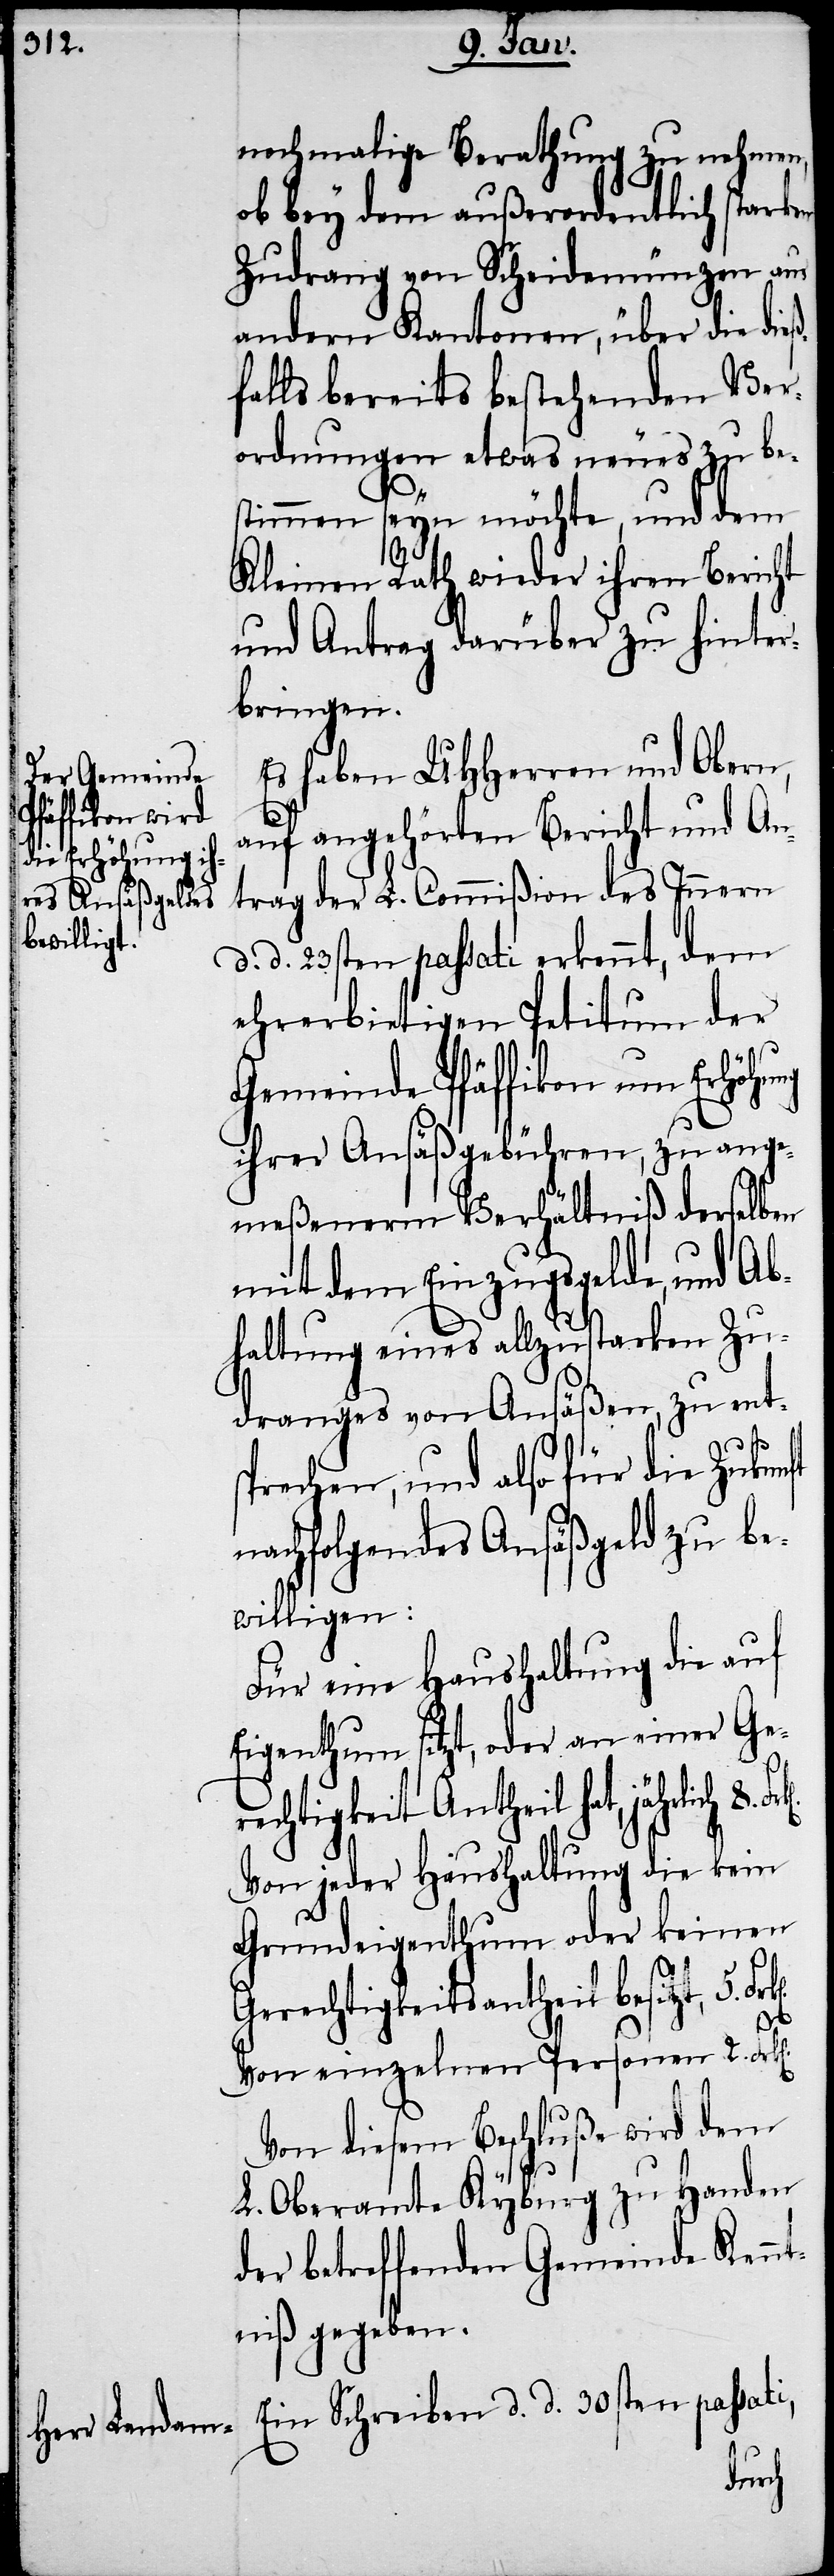
nochmalige Berathung zu nehmen,
ob bey dem außerordentlich starken
Zudrang von Scheidemünzen aus
andern Kantonen, über die dieß¬
falls bereits bestehenden Ver¬
ordnungen etwas neues zu be¬
stimmen seyn möchte, und dem
Kleinen Rath wieder ihren Bericht
und Antrag darüber zu hinter¬
bringen.
Es haben UHHerren und Obern,
n].
auf angehörten Bericht und An¬
trag der L. Commißion des Innern
d. 23sten passati erkennt, dem
ehrerbietigen Petitum der
Gemeinde Pfäffikon um Erhöhung
ihrer Ansäßgebühren, zu ange¬
meßenerm Verhältniß derselben
mit dem Einzugsgelde, und Ab¬
haltung eines allzustarken Zu¬
dranges von Ansäßen, zu ent¬
sprechen, und also für die Zukunft
nachfolgendes Ansäßgeld zu be¬
willigen:
Für eine Haushaltung die auf
Eigenthum sitzt, oder an einer Ger¬
echtigkeit Antheil hat, jährlich
Von jeder Haushaltung die kein
Grundeigenthum oder keinen
Gerechtigkeitsantheil besitzt, 5.
Von einzelnen Personen 2. Frk[e¬
Von diesem Beschluße wird dem
L. Oberamte Kyburg zu Handen
der betreffenden Gemeinde Kennt¬
niß gegeben.
Ein Schreiben d. d. 30sten passati,